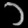
Digit: ၁